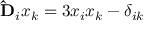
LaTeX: \mathbf { \hat { D } } _ { i } x _ { k } = 3 x _ { i } x _ { k } - \delta _ { i k }